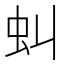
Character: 虯